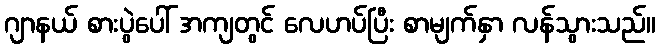
ဂျာနယ် စားပွဲပေါ် အကျတွင် လေဟပ်ပြီး စာမျက်နှာ လန်သွားသည်။